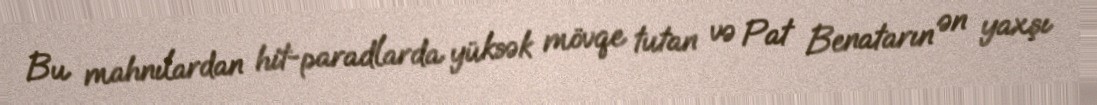
Bu mahnılardan hit-paradlarda yüksək mövqe tutan və Pat Benatarın ən yaxşı